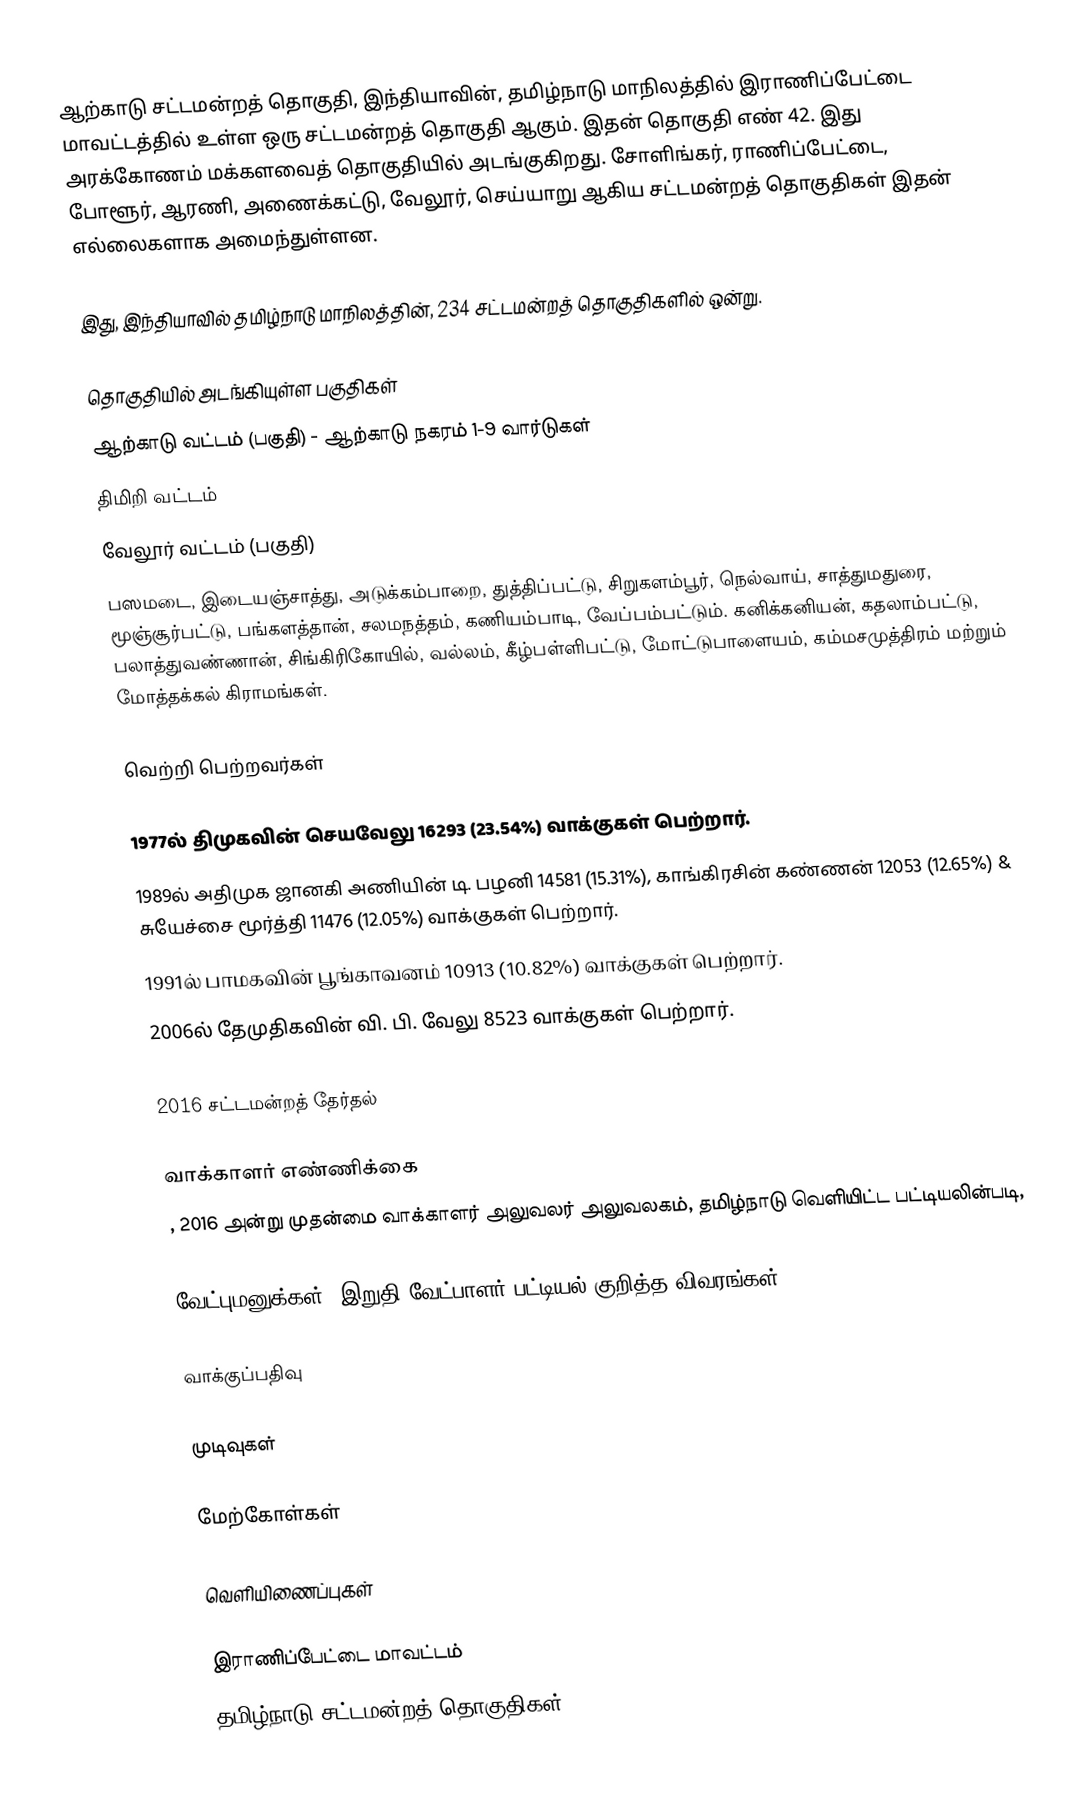
ஆற்காடு சட்டமன்றத் தொகுதி, இந்தியாவின், தமிழ்நாடு மாநிலத்தில்  இராணிப்பேட்டை மாவட்டத்தில் உள்ள ஒரு சட்டமன்றத் தொகுதி ஆகும். இதன் தொகுதி எண் 42. இது அரக்கோணம் மக்களவைத் தொகுதியில் அடங்குகிறது. சோளிங்கர், ராணிப்பேட்டை, போளூர், ஆரணி, அணைக்கட்டு, வேலூர், செய்யாறு ஆகிய சட்டமன்றத் தொகுதிகள் இதன் எல்லைகளாக அமைந்துள்ளன.

இது, இந்தியாவில் தமிழ்நாடு மாநிலத்தின், 234 சட்டமன்றத் தொகுதிகளில் ஒன்று.

தொகுதியில் அடங்கியுள்ள பகுதிகள்
ஆற்காடு வட்டம் (பகுதி) - ஆற்காடு நகரம் 1-9 வார்டுகள்
திமிறி வட்டம்
வேலூர் வட்டம் (பகுதி)
பஸமடை, இடையஞ்சாத்து, அடுக்கம்பாறை, துத்திப்பட்டு, சிறுகளம்பூர், நெல்வாய், சாத்துமதுரை, மூஞ்சூர்பட்டு, பங்களத்தான், சலமநத்தம், கணியம்பாடி, வேப்பம்பட்டும். கனிக்கனியன், கதலாம்பட்டு, பலாத்துவண்ணான், சிங்கிரிகோயில், வல்லம், கீழ்பள்ளிபட்டு, மோட்டுபாளையம், கம்மசமுத்திரம் மற்றும் மோத்தக்கல் கிராமங்கள்.

வெற்றி பெற்றவர்கள்

1977ல் திமுகவின் செயவேலு 16293 (23.54%) வாக்குகள் பெற்றார்.
1989ல் அதிமுக ஜானகி அணியின் டி. பழனி 14581 (15.31%), காங்கிரசின் கண்ணன் 12053 (12.65%) & சுயேச்சை மூர்த்தி 11476 (12.05%) வாக்குகள் பெற்றார்.
1991ல் பாமகவின் பூங்காவனம் 10913 (10.82%) வாக்குகள் பெற்றார்.
2006ல்  தேமுதிகவின் வி. பி. வேலு 8523 வாக்குகள் பெற்றார்.

2016 சட்டமன்றத் தேர்தல்

வாக்காளர் எண்ணிக்கை
, 2016 அன்று முதன்மை வாக்காளர் அலுவலர் அலுவலகம், தமிழ்நாடு வெளியிட்ட பட்டியலின்படி,

வேட்புமனுக்கள், இறுதி வேட்பாளர் பட்டியல் குறித்த விவரங்கள்

வாக்குப்பதிவு

முடிவுகள்

மேற்கோள்கள்

வெளியிணைப்புகள்

இராணிப்பேட்டை மாவட்டம்
தமிழ்நாடு சட்டமன்றத் தொகுதிகள்